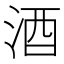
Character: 酒